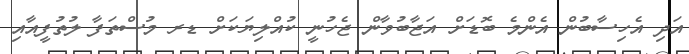
އަދި އެހިސާބުން އެންމެ ބޮޑަށް އަޖާބުވާން ޖެހުނީ ކުއްލިޔަކަށް ޑރ މުސްތަފާ ލުތުފީއާއި